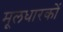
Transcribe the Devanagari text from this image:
मूलधारकों